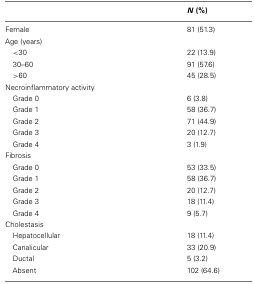
<table><thead><tr><td></td><td><b><i>N</i> (%)</b></td></tr></thead><tbody><tr><td>Female</td><td>81 (51.3)</td></tr><tr><td>Age (years)</td><td></td></tr><tr><td>&lt;30</td><td>22 (13.9)</td></tr><tr><td> 30–60</td><td>91 (57.6)</td></tr><tr><td>&gt;60</td><td>45 (28.5)</td></tr><tr><td>Necroinflammatory activity</td><td></td></tr><tr><td> Grade 0</td><td>6 (3.8)</td></tr><tr><td> Grade 1</td><td>58 (36.7)</td></tr><tr><td> Grade 2</td><td>71 (44.9)</td></tr><tr><td> Grade 3</td><td>20 (12.7)</td></tr><tr><td> Grade 4</td><td>3 (1.9)</td></tr><tr><td>Fibrosis</td><td></td></tr><tr><td> Grade 0</td><td>53 (33.5)</td></tr><tr><td> Grade 1</td><td>58 (36.7)</td></tr><tr><td> Grade 2</td><td>20 (12.7)</td></tr><tr><td> Grade 3</td><td>18 (11.4)</td></tr><tr><td> Grade 4</td><td>9 (5.7)</td></tr><tr><td>Cholestasis</td><td></td></tr><tr><td> Hepatocellular</td><td>18 (11.4)</td></tr><tr><td> Canalicular</td><td>33 (20.9)</td></tr><tr><td> Ductal</td><td>5 (3.2)</td></tr><tr><td> Absent</td><td>102 (64.6)</td></tr></tbody></table>